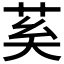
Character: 𦮐